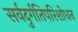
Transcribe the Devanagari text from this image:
सर्वदुर्गतिपरिशोधन